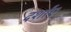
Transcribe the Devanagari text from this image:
दर्शांए